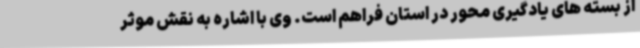
از بسته های یادگیری محور در استان فراهم است. وی با اشاره به نقش موثر